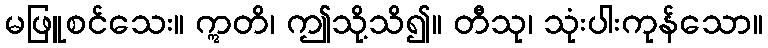
မဖြူစင်သေး။ ဣတိ၊ ဤသို့သိ၍။ တီသု၊ သုံးပါးကုန်သော။